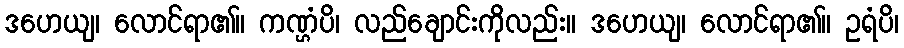
ဒဟေယျ၊ လောင်ရာ၏။ ကဏ္ဌံပိ၊ လည်ချောင်းကိုလည်း။ ဒဟေယျ၊ လောင်ရာ၏။ ဥရံပိ၊